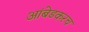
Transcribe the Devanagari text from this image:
आंबेडकरच